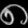
Digit: ၈